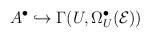
LaTeX: \begin{align*}A^{\bullet} \hookrightarrow \Gamma (U, \Omega_{U}^{\bullet}({\cal E}))\end{align*}